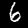
Label: 6